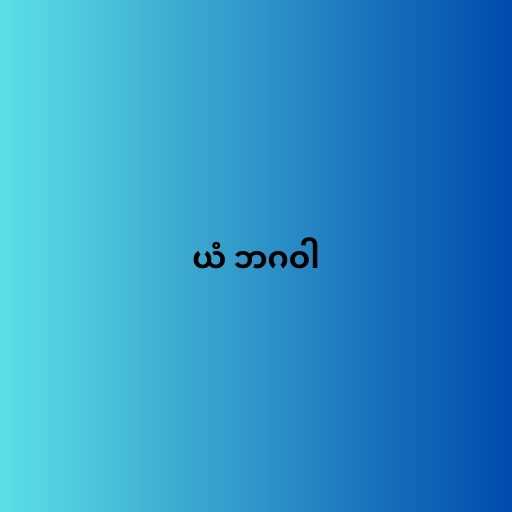
ယံ ဘဂဝါ